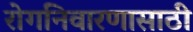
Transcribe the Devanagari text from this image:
रोगनिवारणासाठी